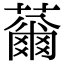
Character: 䕥